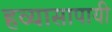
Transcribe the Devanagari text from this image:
हव्यासापायी